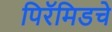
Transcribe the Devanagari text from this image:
पिरॅमिडचे